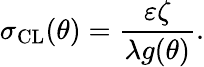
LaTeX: \sigma_{\mathrm{CL}}(\theta)=\frac{\varepsilon\zeta}{\lambda g(\theta)}.